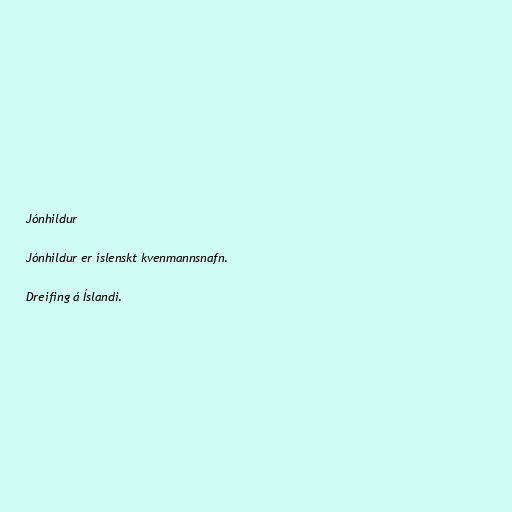
Jónhildur

Jónhildur er íslenskt kvenmannsnafn.

Dreifing á Íslandi.